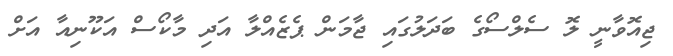
ޖިއޮވާނީ ލޮ ސެލްސޯގެ ބަދަލުގައި ޖާމަން ޕެޒެއްލާ އަދި މާކޯސް އަކޫނިއާ އަށް